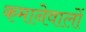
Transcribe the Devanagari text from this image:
कमानेवालों